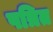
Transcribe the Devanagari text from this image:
पत्रित